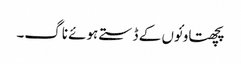
پچھتاو ئوں کے ڈستے ہوئے ناگ۔